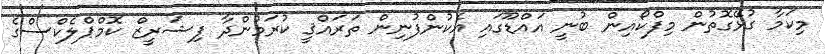
މިކަމާ ގުޅޭގޮތުން މިފްކޯއިން ބުނީ އައްޑޫގައި އެކުންފުނިން ތަރައްޤީ ކުރަމުންދާ ފިޝަރީޒް ކޮމްޕްލެކްސްގެ